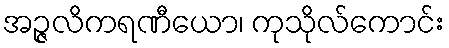
အဉ္ဇလိကရဏီယော၊ ကုသိုလ်ကောင်း